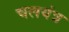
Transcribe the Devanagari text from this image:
चलयंत्र